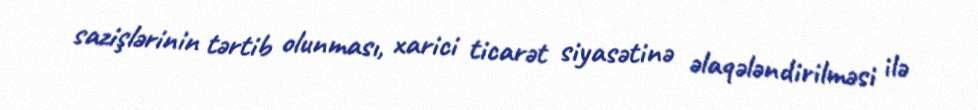
sazişlərinin tərtib olunması, xarici ticarət siyasətinə əlaqələndirilməsi ilə